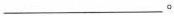
___。